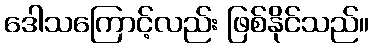
ဒေါသကြောင့်လည်း ဖြစ်နိုင်သည်။